Medical and sanitary report of the native army of Bengal for the year
Year: 1876
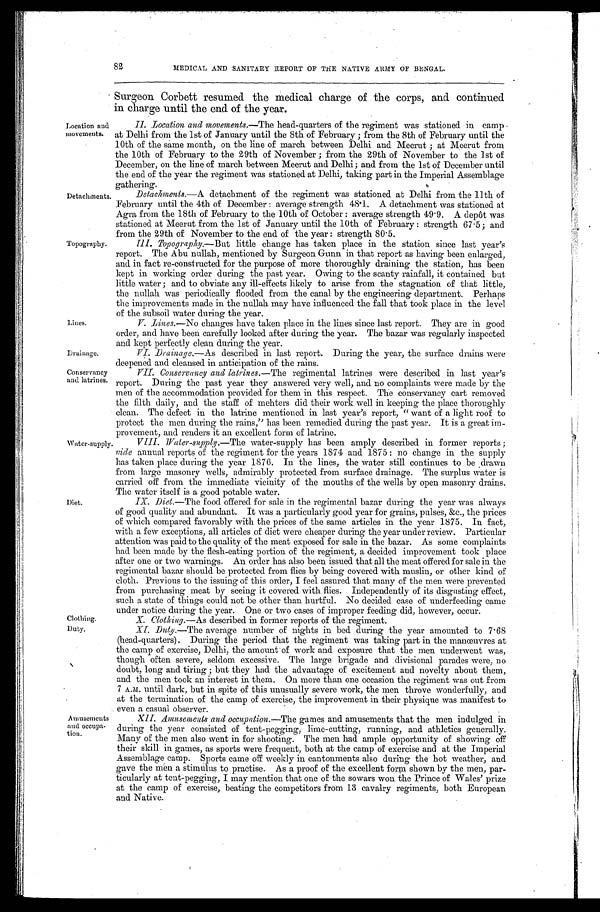
Drainage.
Conservancy
and latrines.
Clothing.
Duty.
Location and
movements.
Detachments.
Topography.
Lines.
82
MEDICAL AND SANITARY REPORT OF THE NATIVE ARMY OF BENGAL.
Surgeon Corbett resumed the medical charge of the corps, and continued
in charge until the end of the year.
II. Location and movements. —The head-quarters of the regiment was stationed in camp
at Delhi from the 1st of January until the 8th of February ; from the 8th of February until the
10th of the same month, on the line of march between Delhi and Meerut ; at Meerut from
the 10th of February to the 29th of November ; from the 29th of November to the 1st of
December, on the line of march between Meerut and Delhi ; and from the 1st of December until
the end of the year the regiment was stationed at Delhi, taking part in the Imperial Assemblage
gathering.
Detachments.—A detachment of the regiment was stationed at Delhi from the 11th of
February until the 4th of December : average strength 48.1. A detachment was stationed at
Agra from the 18th of February to the 10th of October : average strength 49.9. A depôt was
stationed at Meerut from the 1st of January until the 10th of February : strength 67.5 ; and
from the 29th of November to the end of the year : strength 80.5.
III. Topography. —But little change has taken place in the station since last year's
report. The Abu nullah, mentioned by Surgeon Gunn in that report as having been enlarged,
and in fact re-constructed for the purpose of more thoroughly draining the station, has been
kept in working order during the past year. Owing to the scanty rainfall, it contained but
little water ; and to obviate any ill-effects likely to arise from the stagnation of that little,
the nullah was periodically flooded from the canal by the engineering department. Perhaps
the improvements made in the nullah may have influenced the fall that took place in the level
of the subsoil water during the year.
V. Li ne s . — N o c h a n g e s h a v e t a k e n p l a c e i n t h e l i n e s s i n c e l a s t r e p o r t . T h e y a r e i n g o o d
order, and have been carefully looked after during the year. The bazar was regularly inspected
and kept perfectly clean during the year.
VI. Drainage. —As described in last report. During the year, the surface drains were
deepened and cleansed in anticipation of the rains.
VII. Conservancy and Latrines. —The regimental latrines were described in last year's
report. During the past year they answered very well, and no complaints were made by the
men of the accommodation provided for them in this respect. The conservancy cart removed
the filth daily, and the staff of mehters did their work well in keeping the place thoroughly
clean. The defect in the latrine mentioned in last year's report, "want of a light roof to
protect the men during the rains," has been remedied during the past year. It is a great im
-provement, and renders it an excellent form of latrine.
Water-supply.
Diet.
Amusements
and occupa-
tion.
VIII. Wat er-suppl y.— T h e w a t e r - s u p p l y h a s b e e n a m p l y d e s c r i b e d i n f o r m e r r e p o r t s ;
vide annual reports of the regiment for the years 1874 and 1875 : no change in the supply
has taken place during the year 1876. In the lines, the water still continues to be drawn
from large masonry wells, admirably protected from surface drainage. The surplus water is
carried off from the immediate vicinity of the mouths of the wells by open masonry drains.
The water itself is a good potable water.
IX. Diet.— T h e f o o d o f f e r e d f o r s a l e i n t h e r e g i m e n t a l b a z a r d u r i n g t h e y e a r w a s a l w a y s
of good qual i ty and abundant. It was a parti cul arl y good year for grai ns, pul ses, &c. , the pri ces
of which compared favorably with the prices of the same articles in the year 1875. In fact,
with a few exceptions, all articles of diet were cheaper during the year under review. Particular
attention was paid to the quality of the meat exposed for sale in the bazar. As some complaints
had been made by the flesh-eating portion of the regiment, a decided improvement took place
after one or two warnings. An order has also been issued that all the meat offered for sale in the
regimental bazar should be protected from flies by being covered with muslin, or other kind of
c l o t h . P r e v i o u s t o t h e i s s u i n g o f t h i s o r d e r , I f e e l a s s u r e d t h a t m a n y o f t h e m e n w e r e p r e v e n t e d
from purchasing meat by seeing it covered with flies. Independently of its disgusting effect,
such a state of things could not be other than hurtful. No decided case of underfeeding came
under notice during the year. One or two cases of improper feeding did, however, occur.
X. Clothing.—As described in former reports of the regiment.
XI. Duty.—The average number of nights in bed during the year amounted to 7.68
(head-quarters). During the period that the regiment was taking part in the manœuvres at
the camp of exercise, Delhi, the amount of work and exposure that the men underwent was,
though often severe, seldom excessive. The large brigade and divisional parades were, no
doubt, long and tiring ; but they had the advantage of excitement and novelty about them,
and the men took an interest in them. On more than one occasion the regiment was out from
7 A.M. until dark, but in spite of this unusually severe work, the men throve wonderfully, and
at the termination of the camp of exercise, the improvement in their physique was manifest to
even a casual observer.
XI I . Amu s e me n t s a n d o c c u p a t i o n . — T h e g a m e s a n d a m u s e m e n t s t h a t t h e m e n i n d u l g e d i n
during the year consisted of tent-pegging, lime-cutting, running, and athletics generally.
Many of the men also went in for shooting. The men had ample opportunity of showing off
their skill in games, as sports were frequent, both at the camp of exercise and at the Imperial
Assemblage camp. Sports came off weekly in cantonments also during the hot weather, and
,
gave the men a stimulus to practise. As a proof of the excellent form shown by the men, par
-ticularly at tent-pegging, I may mention that one of the sowars won the Prince of Wales' prize
at the camp of exercise, beating the competitors from 13 cavalry regiments, both European
and Native.